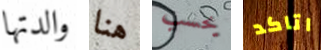
والدتها هنا يحسب اتاكد